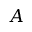
A